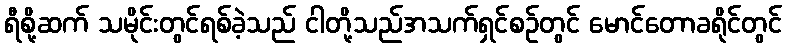
ရီစို့ဆက် သမိုင်းတွင်ရစ်ခဲ့သည် ငါတို့သည်အသက်ရှင်စဉ်တွင် မောင်တောခရိုင်တွင်